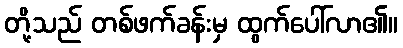
တို့သည် တစ်ဖက်ခန်းမှ ထွက်ပေါ်လာ၏။